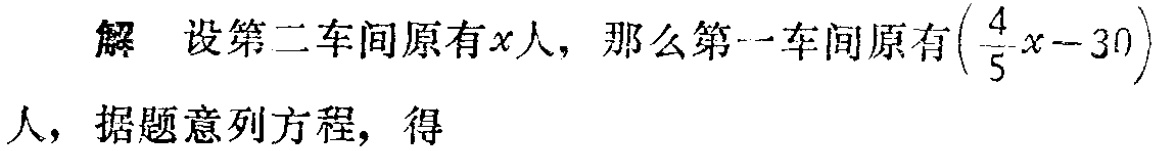
解 设第二车间原有\(x\)人，那么第一车间原有\(\left(\frac{4}{5}x - 30\right)\)人，据题意列方程，得